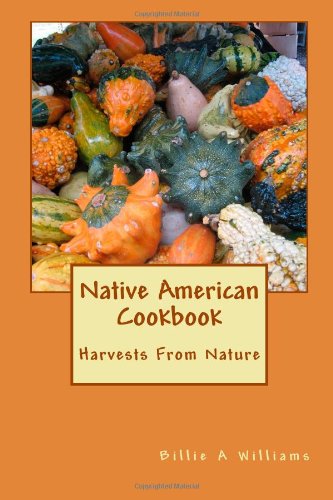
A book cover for Native American Cookbook: Harvests From Nature (Volume 1); Billie A Williams; Cookbooks, Food & Wine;